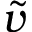
\widetilde { v }